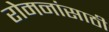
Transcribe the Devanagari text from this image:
रोमनांसाठी